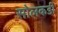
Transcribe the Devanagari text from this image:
सोलकडी